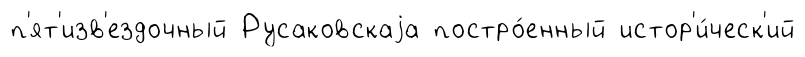
п'ят'изв'ездочный Русаковскаjа постро́енный истор'и́ческ'ий